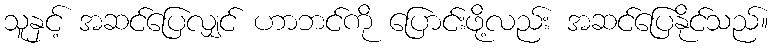
သူနှင့် အဆင်ပြေလျှင် ဟာဘင်ကို ပြောင်းဖို့လည်း အဆင်ပြေနိုင်သည်။